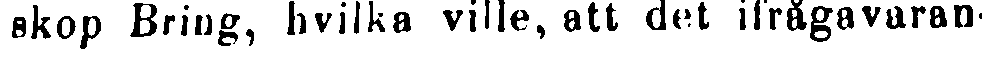
skop Bring, hvilka ville, att det ifrågavaran-